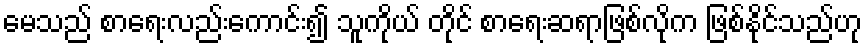
မေသည် စာရေးလည်းကောင်း၍ သူကိုယ် တိုင် စာရေးဆရာဖြစ်လိုက ဖြစ်နိုင်သည်ဟု